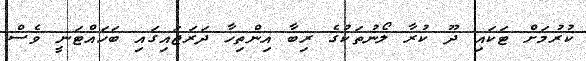
ކުރުމަށް ޓަކައި ދޫ ކުރާ ލޯނުތަކުގެ ރިބާ އިންތިހާ ދަރަޖައިގައި ބަހައްޓަނީ ވެސް